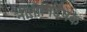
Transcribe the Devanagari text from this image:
नीतीनिर्देषक